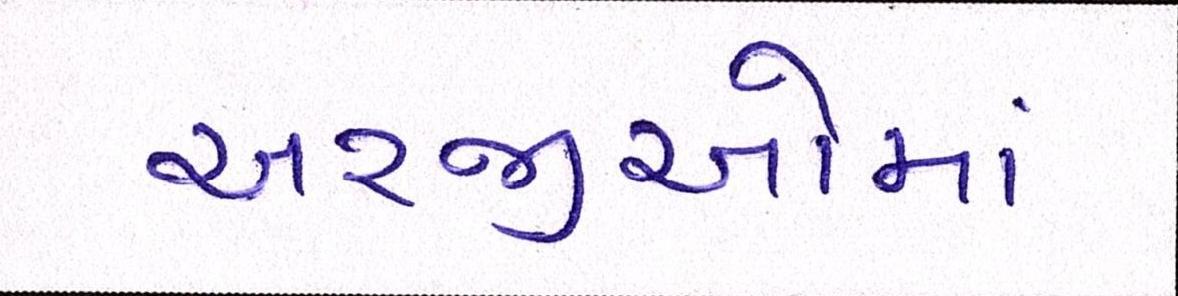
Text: અરજીઓમાં